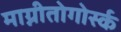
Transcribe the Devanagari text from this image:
माग्नीतोगोर्स्क